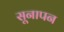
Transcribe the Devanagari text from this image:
सूनापन